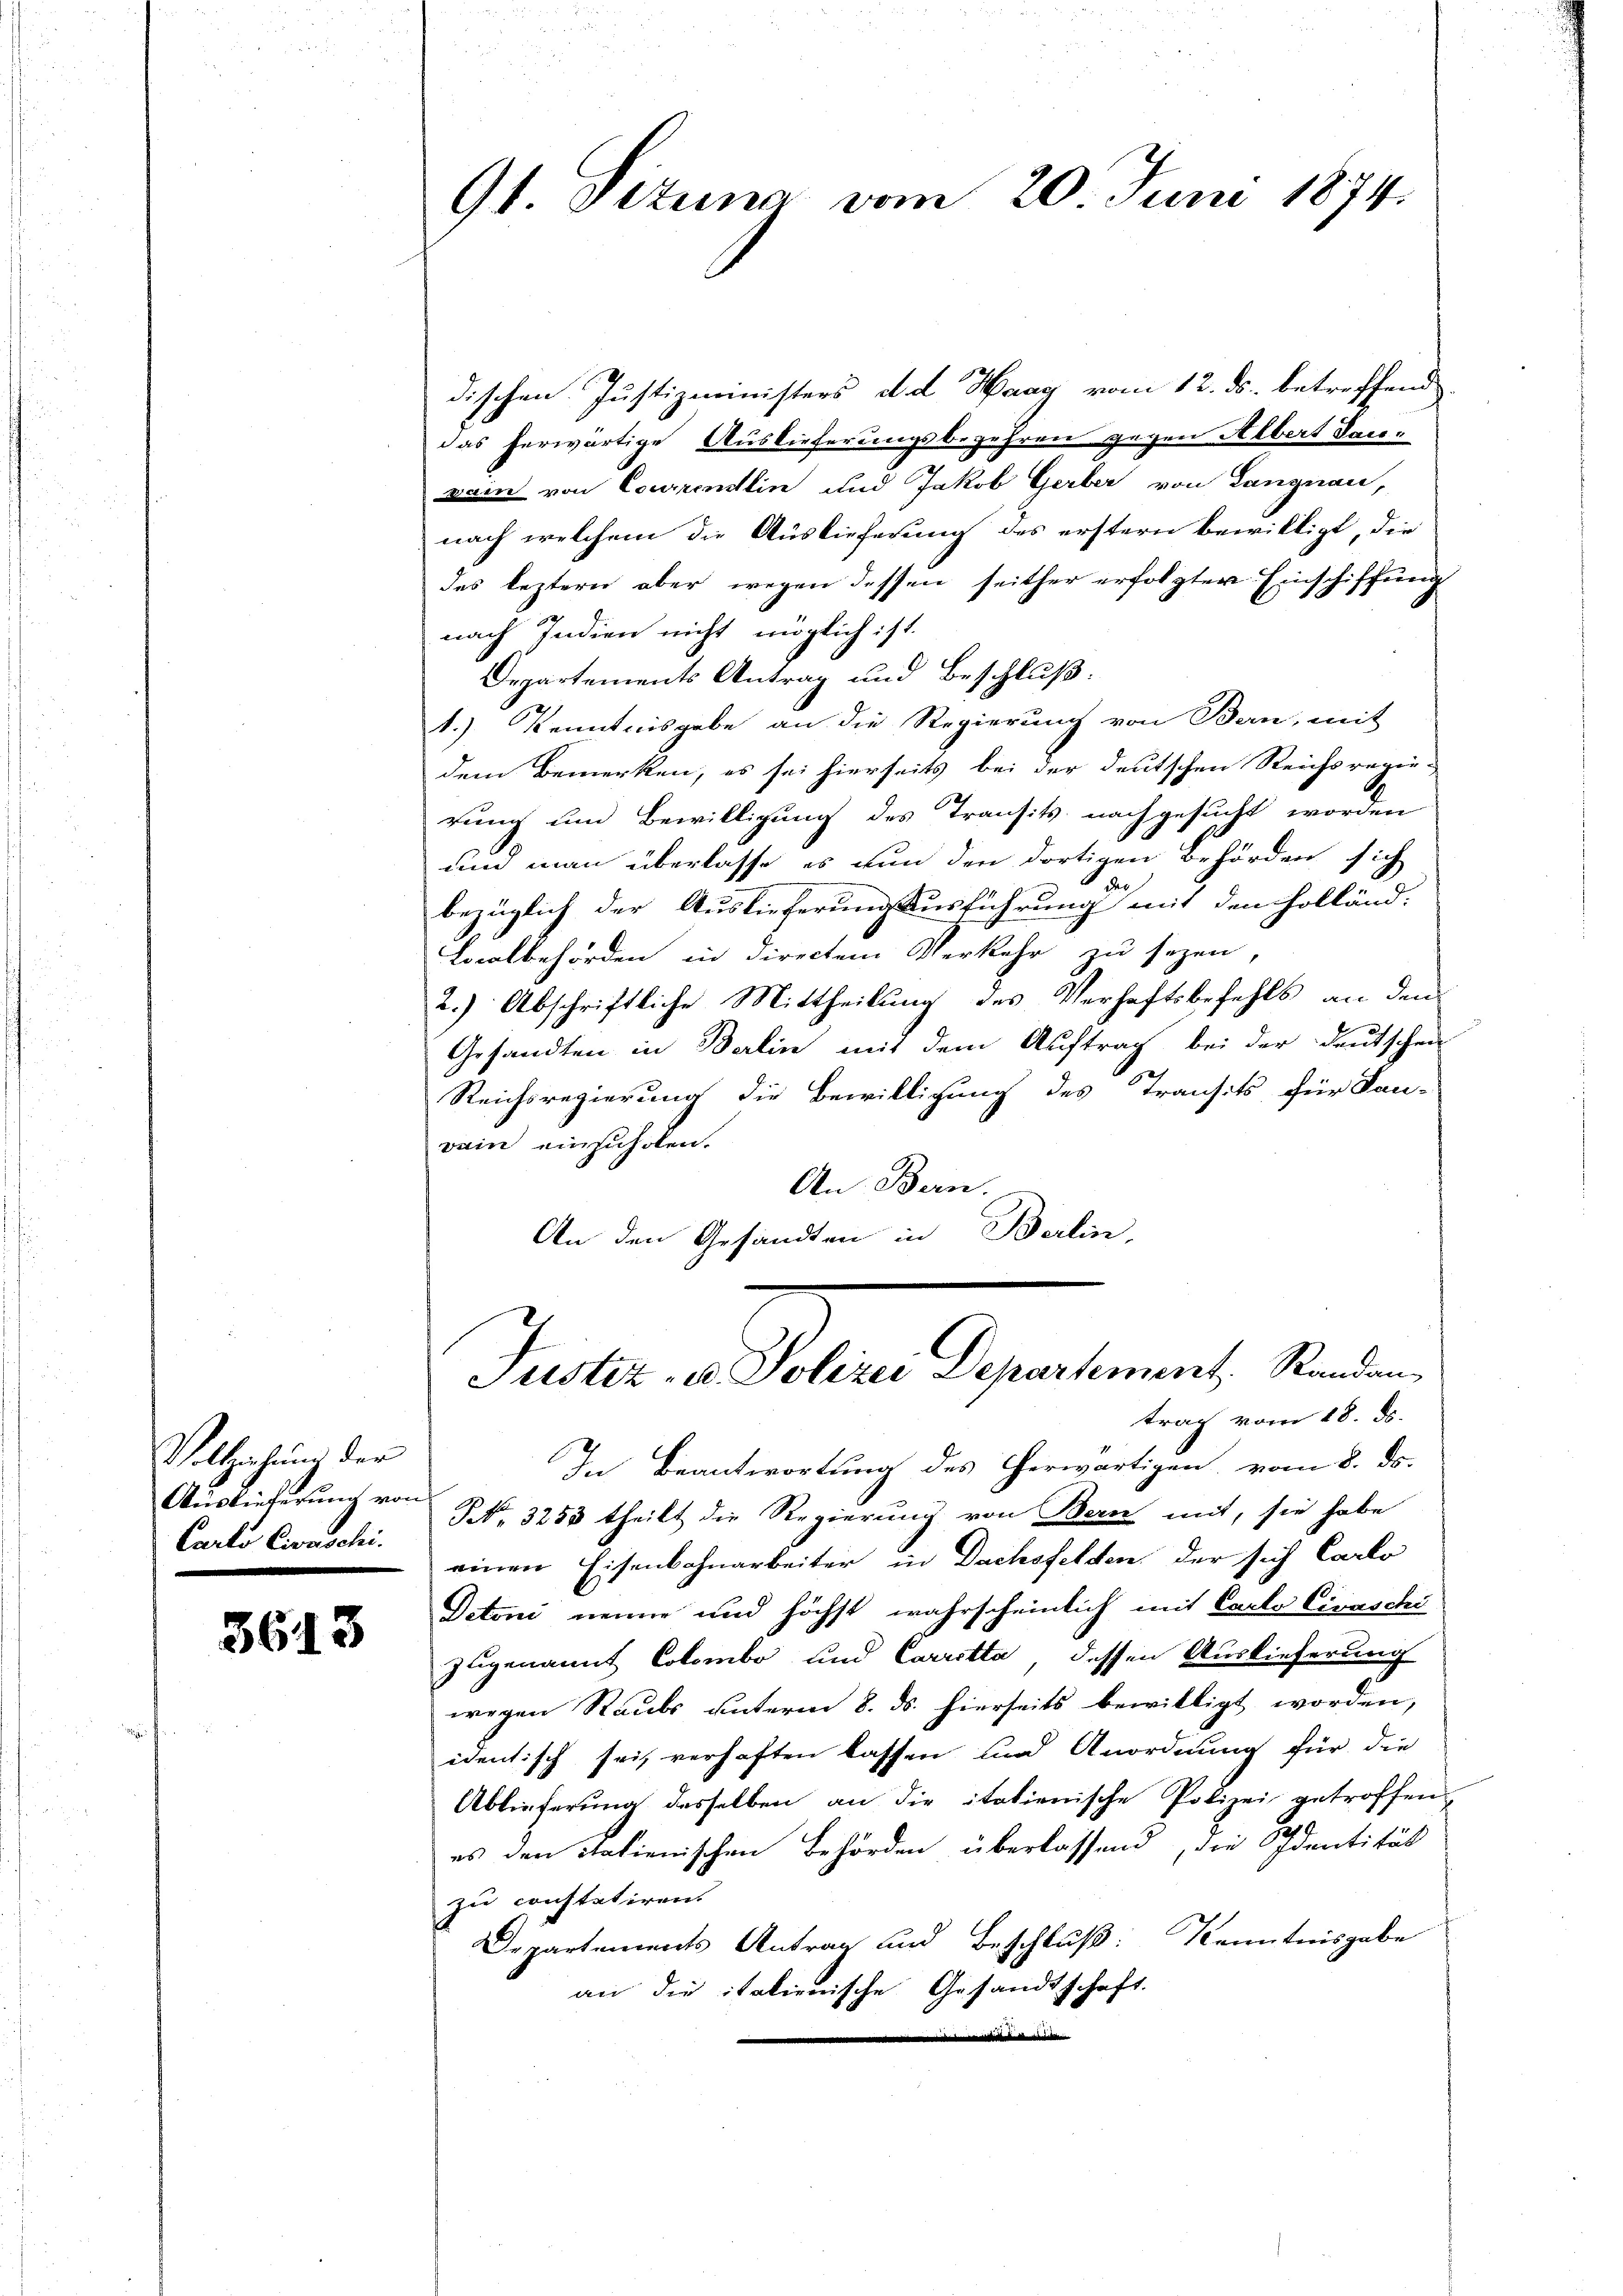
Voltahung der
Auslieferung von
Carte Civaschi.

3613

91 Titung vom 20. Juni 1874.

dischen Justizministers d. d. Haag vom 12. ds. betreffend
das herwärtige Auslieferungsbegehren gegen Albert dan-
vam von Courrendlin und Jakob Gerber von Langnau,
nach welchem die Auslieferung des erstern bewilligt, die
des leztern aber wegen dessen seither erfolgter Einschiffung
nach Indien nicht möglich ist.
Departements Antrag und Beschluß.
1.) Kenntnisgabe an die Regierung von Bern, mit
dem Bemerken, es sei hierseits bei der deutschen Reichsregie-
rung und Bewilligung des Transits nachgesucht worden
und man überlasse es nun den dortigen Behörden sich
de
bezüglich der Auslieferung Ausführung mit den Holländ.
Localbehörden in directem Verkehr zu sezen,
2.) Abschriftliche Mittheilung des Verhaftsbefehls an den
2
Gesandten in Berlin mit dem Auftrag bei der Deutschen
Reichsregierung die Bewilligung des Transits für San-
vain einzuholen.
An Bern.
An den Gesandten in Berlin,

Justiz- u. Polizei Departement, Standan
trag vom 18. ds.

In Beantwortung des erwärtigen, vom 8. ds.
NNo. 3255 theilt die Regierung von Bern mit, sie habe
einen Eisenbahnarbeiter in Dachsfelden der sich Carlo
Detoni nenne und höchst wahrscheinlich mit Carlo Ciraschi
zugenannt Colombo und Carretta dessen Auslieferung
wegen Raubs unterm 8. ds. hierseits bewilligt worden,
identisch sei verhaften lassen und Anordnung für die
Ablieferung desselben an die italienische Polizei getroffen,
es den italienischen Behörden überlassend, die Identität
zu constatiren.
Departements Antrag und Beschluß: Kenntnisgabe
an die italienische Gesandtschaft.
tistigentlichen